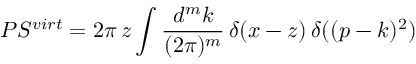
P S ^ { v i r t } = 2 \pi \, z \int \frac { d ^ { m } k } { ( 2 \pi ) ^ { m } } \, \delta ( x - z ) \, \delta ( ( p - k ) ^ { 2 } )